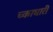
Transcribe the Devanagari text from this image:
च्काधारी